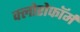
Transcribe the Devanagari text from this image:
क्‍लोरोफॉर्म